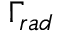
\Gamma _ { r a d }